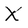
Character: X